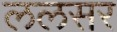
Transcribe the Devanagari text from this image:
ललसर